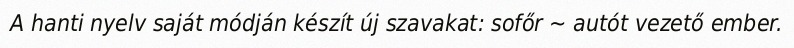
A hanti nyelv saját módján készít új szavakat: sofőr ~ autót vezető ember.